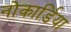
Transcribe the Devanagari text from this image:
नोकार्डिया